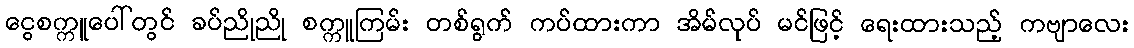
ငွေစက္ကူပေါ်တွင် ခပ်ညိုညို စက္ကူကြမ်း တစ်ရွက် ကပ်ထားကာ အိမ်လုပ် မင်ဖြင့် ရေးထားသည့် ကဗျာလေး